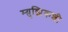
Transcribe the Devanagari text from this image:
म्य़ुझिकशी